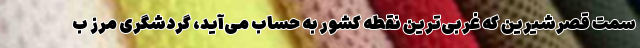
سمت قصرشیرین که غربی‌ترین نقطه کشور به حساب می‌آید، گردشگری مرز ب